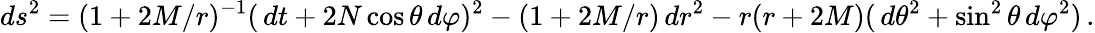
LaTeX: ds^{2}=(1+2M/r)^{-1}(\, dt+2N\cos\theta\, d\varphi)^{2}-(1+2M/r)\, dr^{2}-r(r+2M)(\, d\theta^{2}+\sin^{2}\theta\, d\varphi^{2})\, .